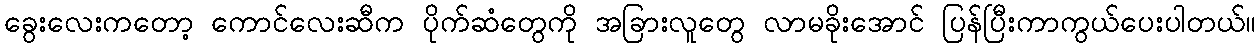
ခွေးလေးကတော့ ကောင်လေးဆီက ပိုက်ဆံတွေကို အခြားလူတွေ လာမခိုးအောင် ပြန်ပြီးကာကွယ်ပေးပါတယ်။